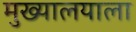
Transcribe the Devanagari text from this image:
मुख्यालयाला